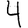
Digit: 4